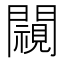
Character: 𨶳